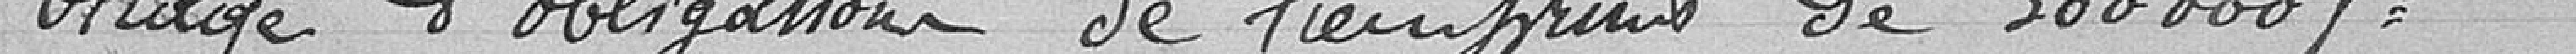
Virage d'obligations de l'emprunt de 300000 francs